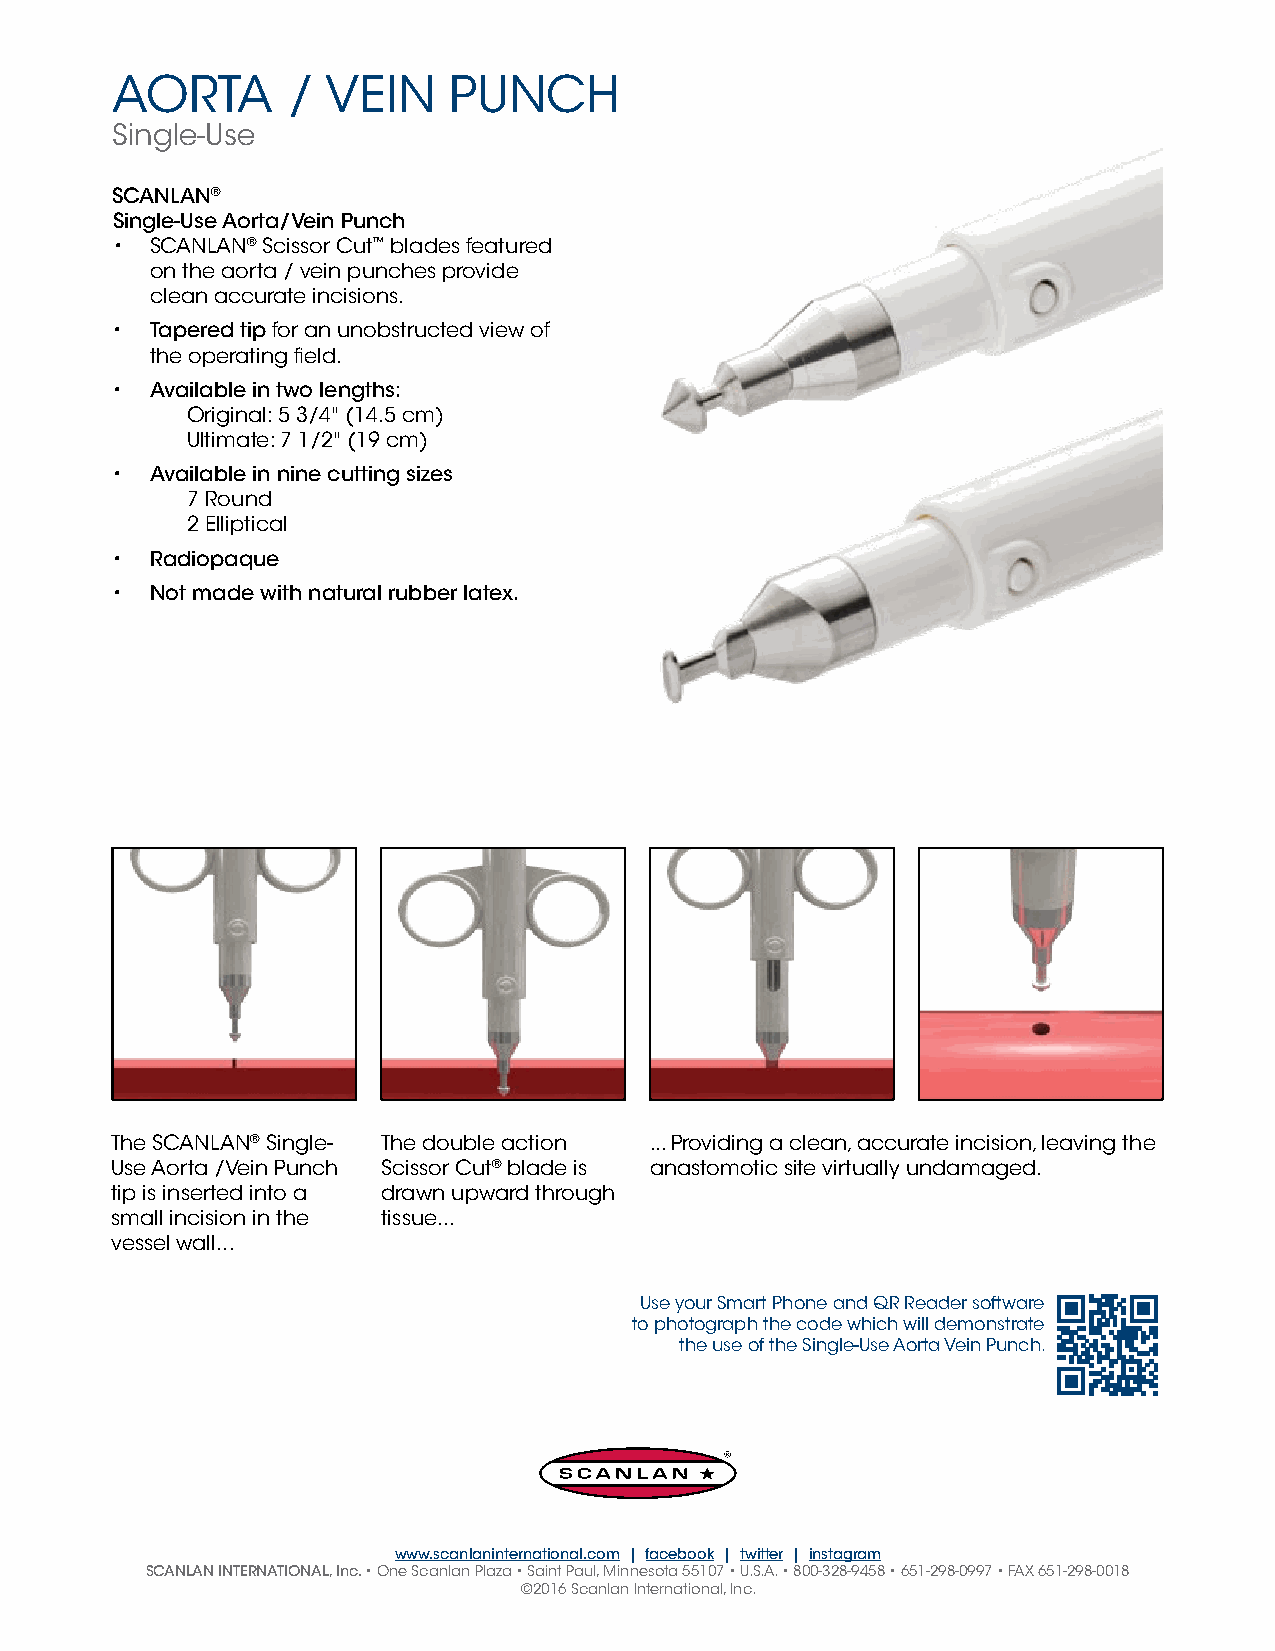
AORTA       /  VEIN    PUNCH
 Single-Use
 SCANLAN®
 Single-Use Aorta/Vein Punch
 •  SCANLAN® Scissor Cut™ blades featured
 on the aorta / vein punches provide
 clean accurate incisions.
 •  Tapered tip for an unobstructed view of
 the operating field.
 •  Available in two lengths:
 Original: 5 3/4" (14.5 cm)
 Ultimate: 7 1/2" (19 cm)
 •  Available in nine cutting sizes
 7 Round
 2 Elliptical
 •  Radiopaque
 •  Not made with natural rubber latex.
 The SCANLAN® Single- The double action ... Providing a clean, accurate incision, leaving the
 Use Aorta /Vein Punch Scissor Cut® blade is anastomotic site virtually undamaged.
 tip is inserted into a drawn upward through
 small incision in the tissue...
 vessel wall...
 Use your Smart Phone and QR Reader software
 to photograph the code which will demonstrate
 the use of the Single-Use Aorta Vein Punch.
 www.scanlaninternational.com | facebook | twitter | instagram
 SCANLAN INTERNATIONAL, Inc. • One Scanlan Plaza • Saint Paul, Minnesota 55107 • U.S.A. • 800-328-9458 • 651-298-0997 • FAX 651-298-0018
 ©2016 Scanlan International, Inc.